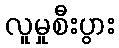
လူမှုစီးပွား